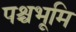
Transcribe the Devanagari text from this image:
पश्चभूमि